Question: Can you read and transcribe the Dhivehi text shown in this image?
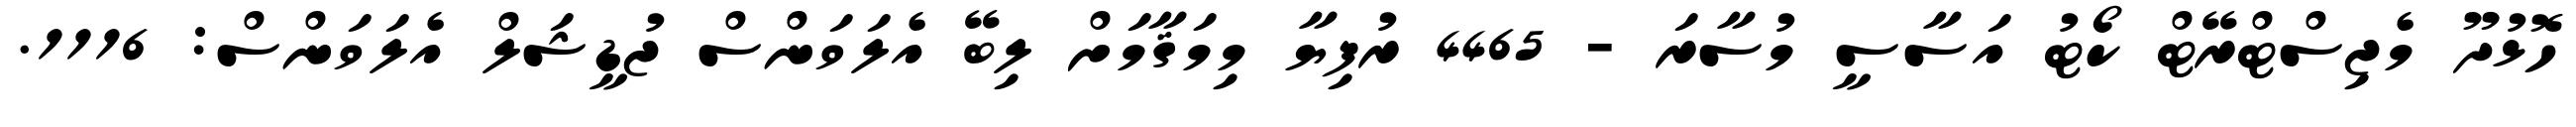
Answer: ހޮޅުދޫ މެޖިސްޓްރޭޓް ކޯޓު އަސާސީ މުސާރަ - 4465 ރުފިޔާ މިމަޤާމަށް ލިބޭ އެލަވަންސް ޖުޑީޝަލް އެލަވަންސް: 1116.